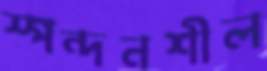
স্পন্দনশীল